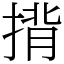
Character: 揹